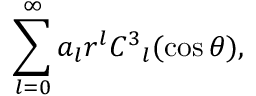
\sum _ { l = 0 } ^ { \infty } a _ { l } r ^ { l } C ^ { 3 } { } _ { l } ( \cos \theta ) ,